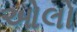
ઓલો